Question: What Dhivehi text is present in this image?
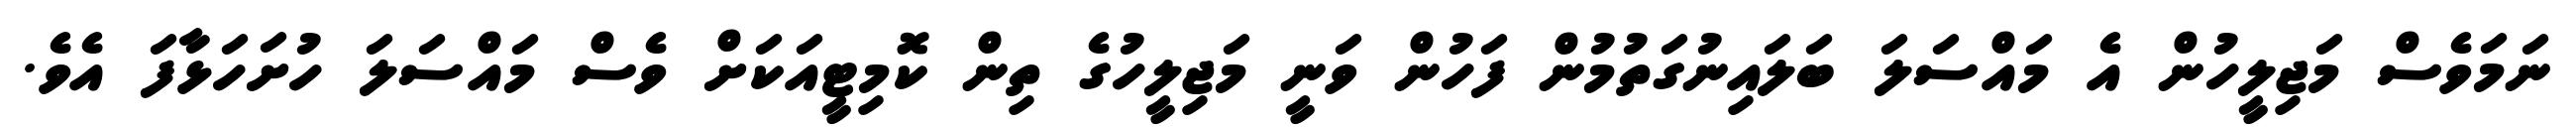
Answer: ނަމަވެސް މަޖިލީހުން އެ މައްސަލަ ބަލައިނުގަތުމުން ފަހުން ވަނީ މަޖިލީހުގެ ތިން ކޮމިޓީއަކަށް ވެސް މައްސަލަ ހުށަހަޅާފަ އެވެ.